Civil Veterinary Department. United Provinces 1923-31 - 1923-1931
Year: 1923
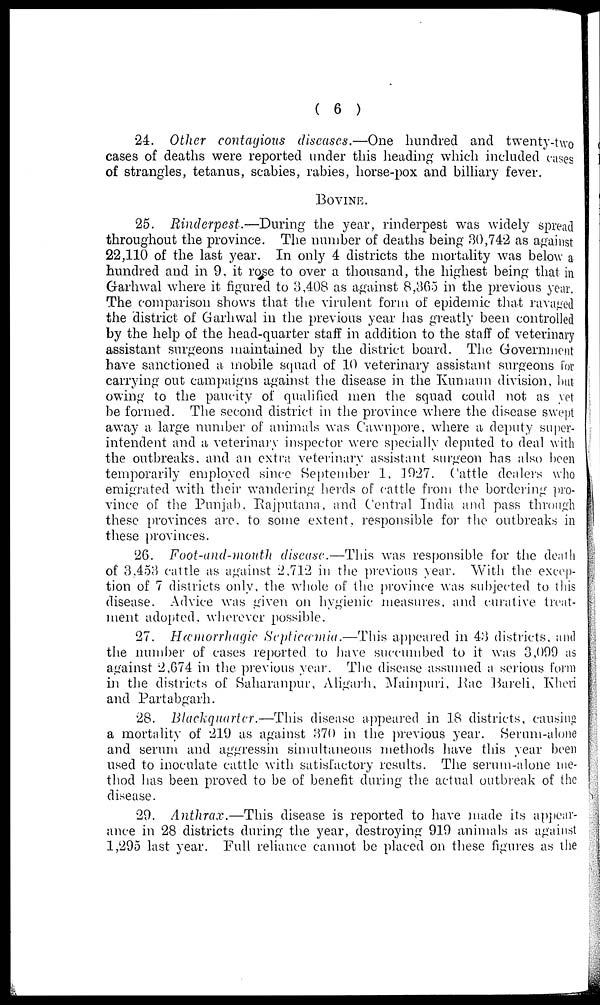
(6)
24. Other contagious diseases.—One
hundred and twenty-two
cases of deaths were reported under this heading which included cases
of strangles, tetanus, scabies, rabies, horse-pox and Miliary fever.
BOVINE.
25. Rinderpest.—During
the year, rinderpest was widely spread
throughout the province. The number of deaths being 30,742 as against
22,110 of the last year. In only 4 districts the mortality was below a
hundred and in 9, it rose to over a thousand, the highest being that in
Garhwal where it figured to 3,408 as against 8,365 in the previous year.
The comparison shows that the virulent form of epidemic that ravaged
the district of Garhwal in the previous year has greatly been controlled
by the help of the head-quarter staff in addition to the staff of veterinary
assistant surgeons maintained by the district board. The Government
have sanctioned a mobile squad of 10 veterinary assistant surgeons for
carrying out campaigns against the disease in the Kumaun division, but
owing to the paucity of qualified men the squad could not as yet
be formed. The second district in the province where the disease swept
away a large number of animals was Cawnpore, where a deputy super-
intendent and a veterinary inspector were specially deputed to deal with
the outbreaks, and an extra veterinary assistant surgeon has also been
temporarily" employed since September 1, 1027. Cattle dealers who
emigrated with their wandering herds of cattle from the bordering pro-
vince of the Punjab. Rajputana, and Central India and pass through
these provinces are. to some extent, responsible for the outbreaks in
these provinces.
26. Foot-and-mouth
disease.—This was responsible for the death
of 3,453 cattle as against 2,712 in the previous year. With the excep-
tion of 7 districts only, the whole of the province was subjected to this
disease. Advice was given on hygienic measures, and curative treat-
ment adopted, wherever possible.
27. Hæmorrhagic Septicæmia.—This
appeared in 43 districts, and
the number of cases reported to have succumbed to it was 3,009 as
against 2,674 in the previous year. The disease assumed a serious form
in the districts of Saharanpur, Aligarh, Mainpuri, Rae Bareli, Kheri
and Partabgarh.
28. Blackquarter.—This
disease appeared in 18 districts, causing
a mortality of 219 as against 370 in the previous year. Serum-alone
and serum and aggressin simultaneous methods have this year been
used to inoculate cattle with satisfactory results. The serum-alone me-
thod has been proved to be of benefit during the actual outbreak of the
disease.
29. Anthrax.—This
disease is reported to have made its appear-
ance in 28 districts during the year, destroying 919 animals as against
1,295 last year. Full reliance cannot be placed on these figures as the